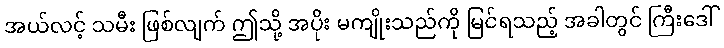
အယ်လင့် သမီး ဖြစ်လျက် ဤသို့ အပိုး မကျိုးသည်ကို မြင်ရသည့် အခါတွင် ကြီးဒေါ်